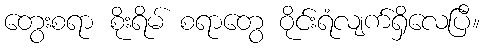
တွေးစရာ စိုးရိမ် စရာတွေ ဝိုင်းရံလျက်ရှိလေပြီ။